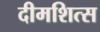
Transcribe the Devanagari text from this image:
दीमशित्स